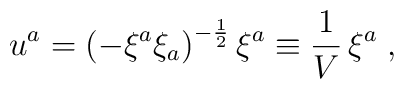
u^{a}={\left(-\xi^{a}\xi_{a}\right)}^{-{1\over2}}\,\xi^{a}\equiv{1\over V}\,\xi^{a}\;,